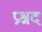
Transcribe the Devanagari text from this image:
प्रश्नद